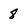
Character: 8